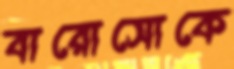
বারোসোকে